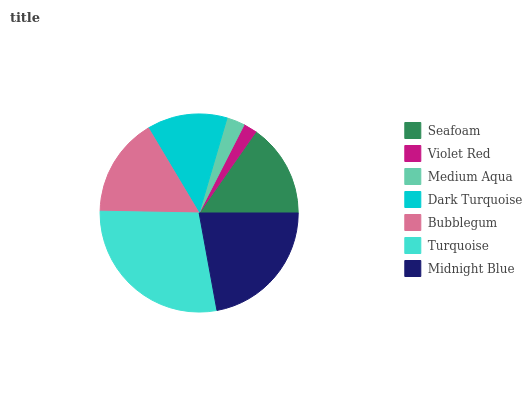
| Seafoam | Violet Red | Medium Aqua | Dark Turquoise | Bubblegum | Turquoise | Midnight Blue |
 | --- | --- | --- | --- | --- | --- | --- |
 | 15.3% | 2.21% | 2.96% | 13.1% | 16.1% | 28.2% | 22.1% |